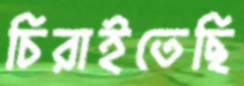
চিরাইতেছি